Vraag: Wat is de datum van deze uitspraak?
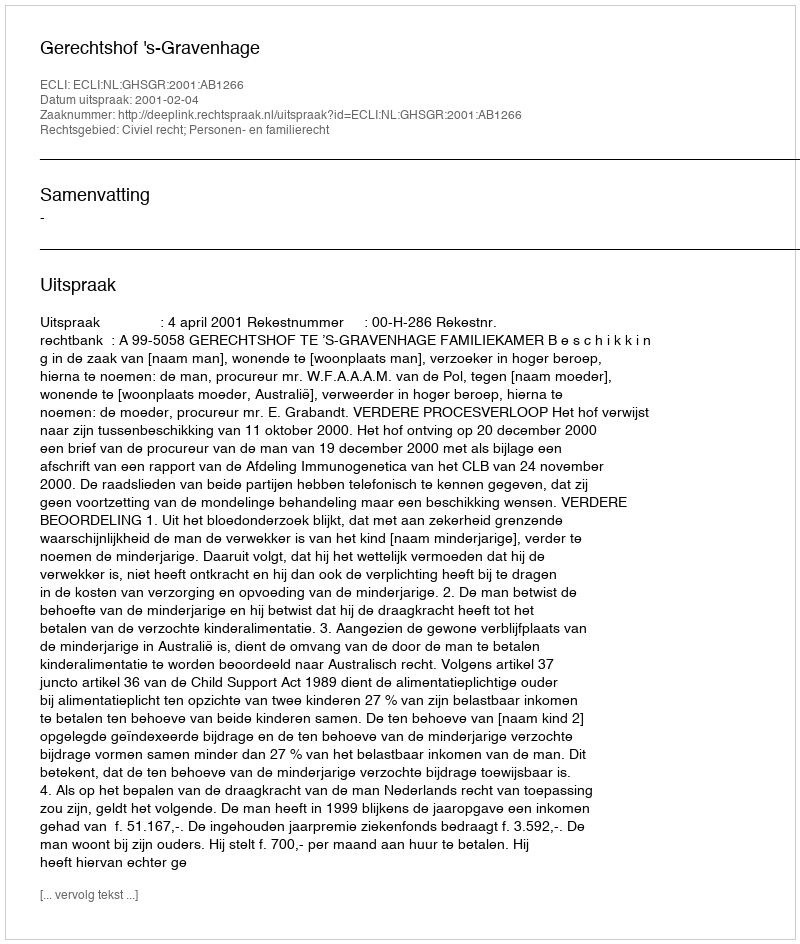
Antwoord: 2001-02-04